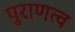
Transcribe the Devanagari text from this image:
पुराणत्व